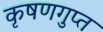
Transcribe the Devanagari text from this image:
कृषणगुप्त